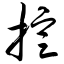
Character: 揎